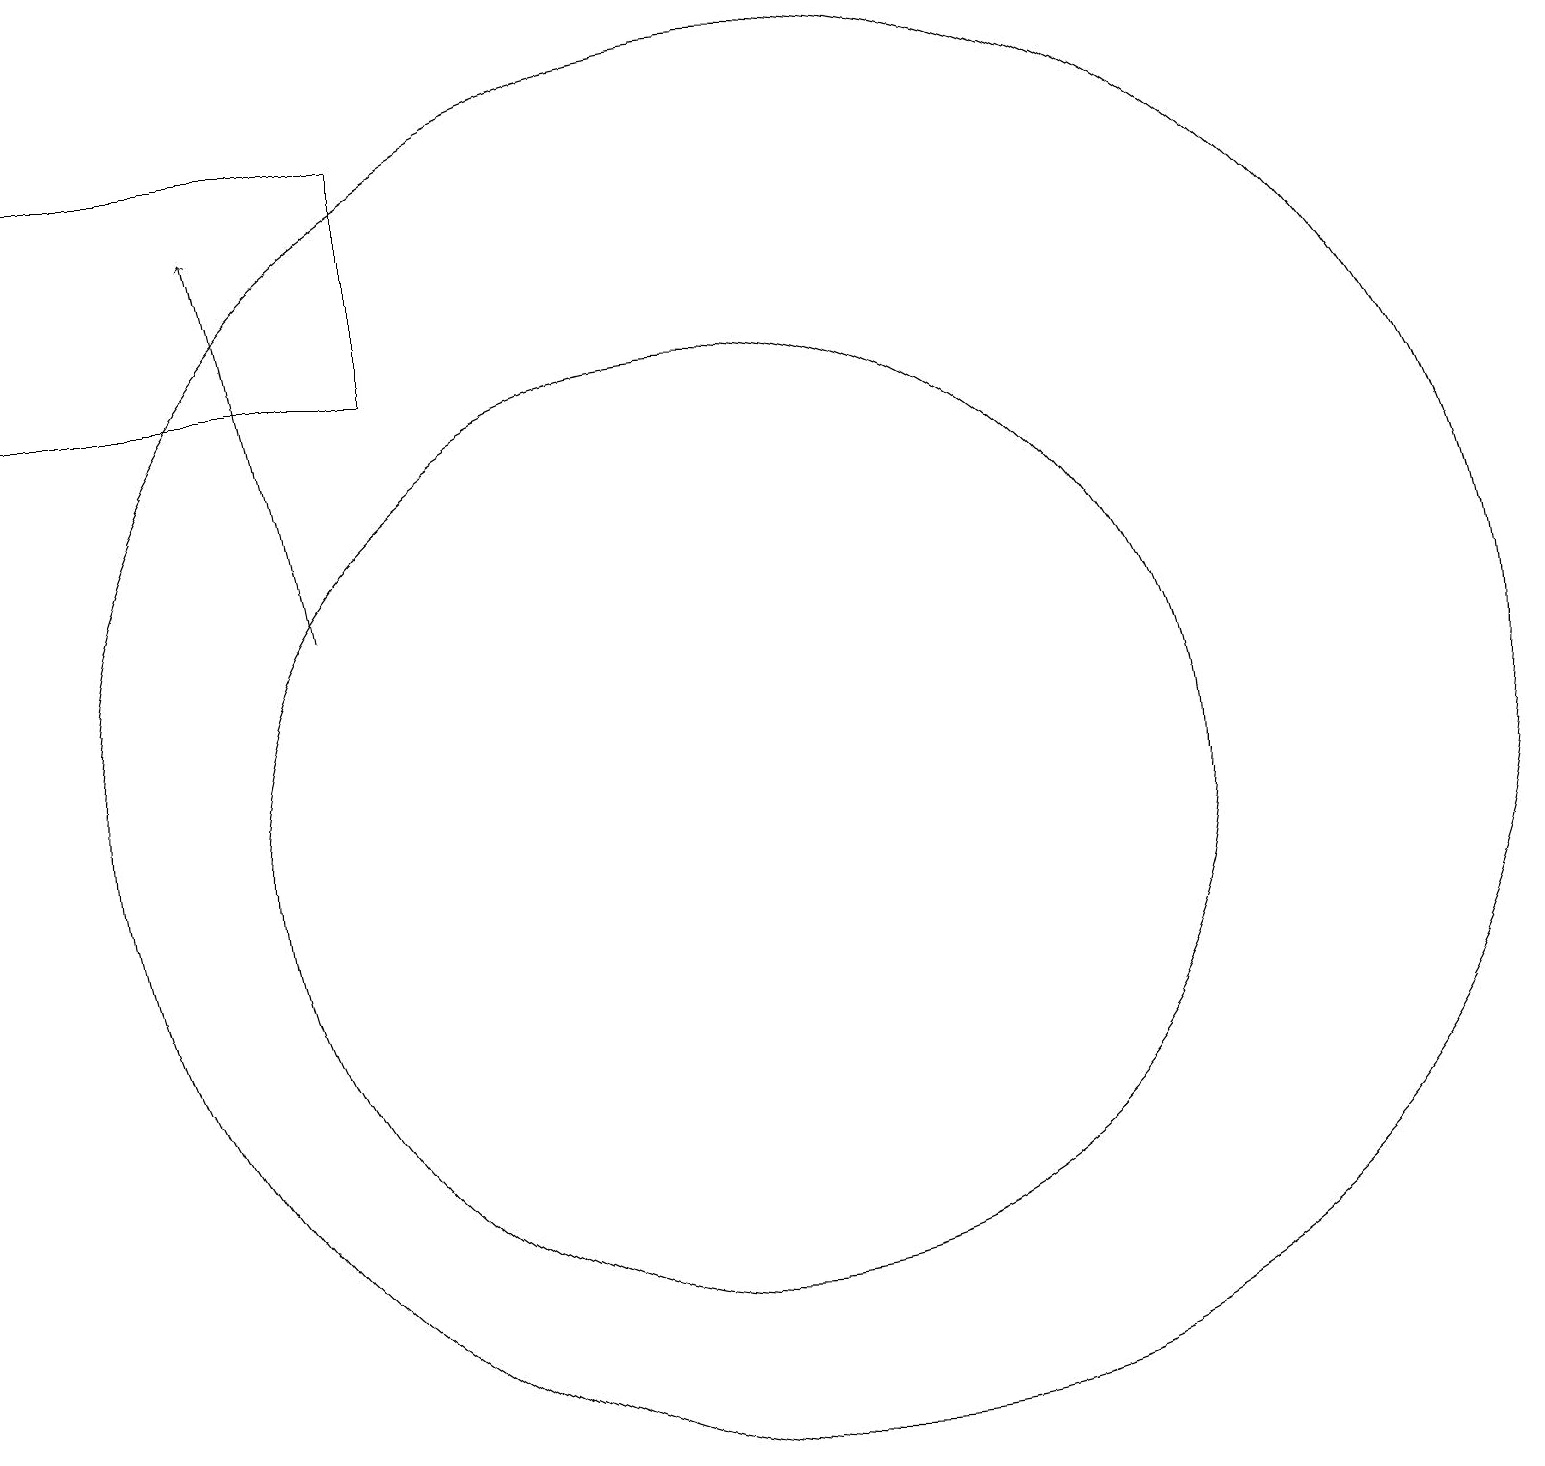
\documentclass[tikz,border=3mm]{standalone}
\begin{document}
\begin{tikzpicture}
\draw (10,10) circle (6);
\draw[->] (5,13) -- (4,18);
\draw (11,11) circle (9);
\draw (6,16) rectangle (1,19);
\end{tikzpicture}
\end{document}